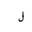
Letter: _lam